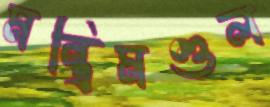
মন্ত্রিমণ্ডল